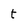
Character: t